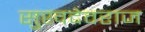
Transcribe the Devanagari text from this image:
सुखदेवराज